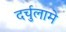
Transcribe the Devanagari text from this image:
दर्चुलामे